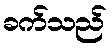
ခက်သည်